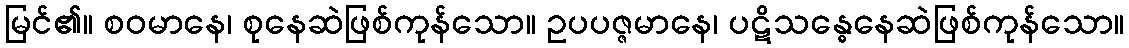
မြင်၏။ စဝမာနေ၊ စုနေဆဲဖြစ်ကုန်သော။ ဥပပဇ္ဇမာနေ၊ ပဋိသန္ဓေနေဆဲဖြစ်ကုန်သော။